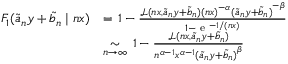
\begin{array} { r l } { F _ { 1 } ( \tilde { a } _ { n } y + \tilde { b } _ { n } \mid n x ) } & { = \, 1 - \frac { \mathcal { L } ( n x , \tilde { a } _ { n } y + \tilde { b } _ { n } ) { ( n x ) } ^ { - \alpha } { ( \tilde { a } _ { n } y + \tilde { b } _ { n } ) } ^ { - \beta } } { 1 - \textrm { e } ^ { - 1 / ( n x ) } } } \\ & { \underset { n \to \infty } \sim \, 1 - \frac { \mathcal { L } ( n x , \tilde { a } _ { n } y + \tilde { b } _ { n } ) } { n ^ { \alpha - 1 } x ^ { \alpha - 1 } { ( \tilde { a } _ { n } y + \tilde { b } _ { n } ) } ^ { \beta } } } \end{array}